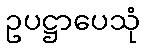
ဥပဋ္ဌာပေသုံ